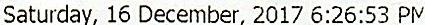
SATURDAY, 16 DECEMBER, 2017 6:26:53 PM